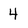
Character: 4